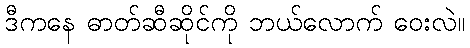
ဒီကနေ ဓာတ်ဆီဆိုင်ကို ဘယ်လောက် ဝေးလဲ။